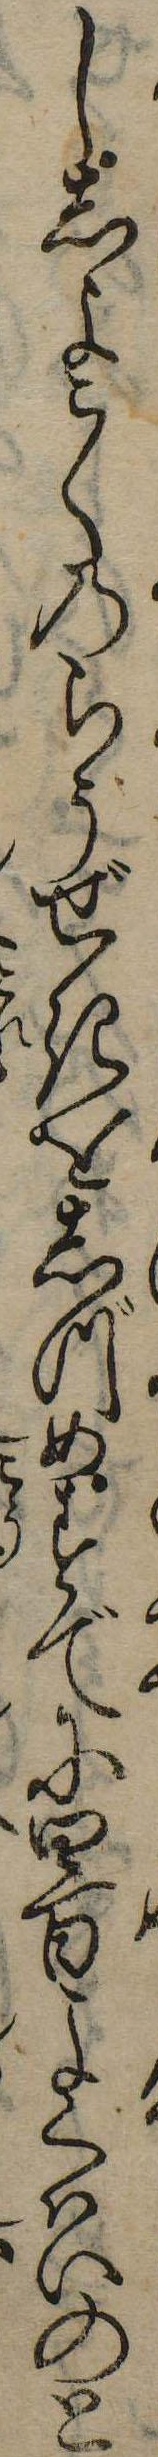
ししよこくのらうぜきをしづめすでに四百よくはいのと